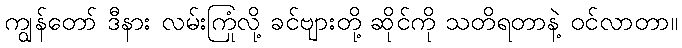
ကျွန်တော် ဒီနား လမ်းကြုံလို့ ခင်ဗျားတို့ ဆိုင်ကို သတိရတာနဲ့ ဝင်လာတာ။